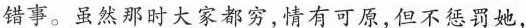
错事。虽然那时大家都穷,情有可原,但不惩罚她